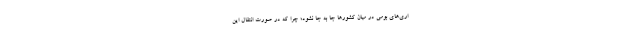
اری‌های بومی در میان کشورها جا به جا نشود؛ چرا که در صورت انتقال این